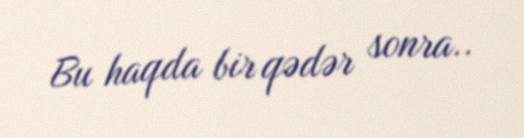
Bu haqda bir qədər sonra..